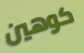
كوهين